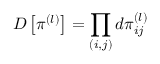
D \left[ \pi ^ { ( l ) } \right] = \prod _ { ( i , j ) } d \pi _ { i j } ^ { ( l ) }